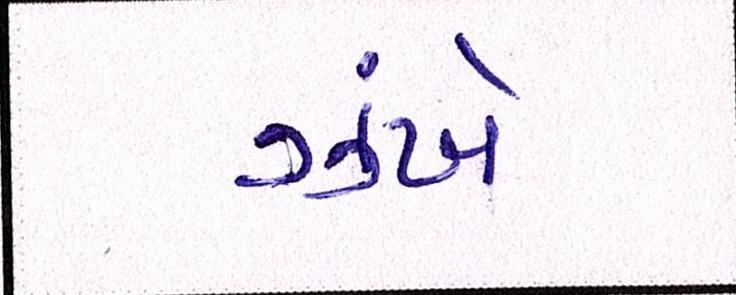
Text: ઝંખે